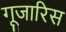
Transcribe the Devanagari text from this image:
गूजारिस